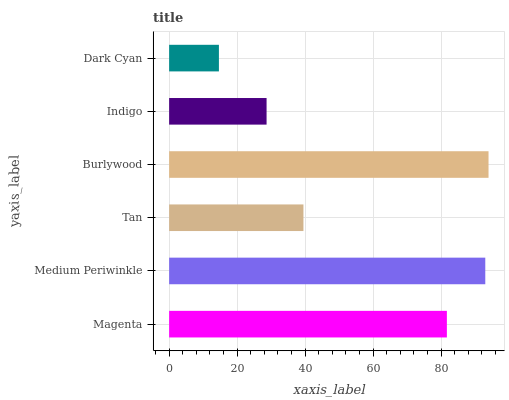
| yaxis_label | bars |
 | --- | --- |
 | Magenta | 81.7 |
 | Medium Periwinkle | 93 |
 | Tan | 39.5 |
 | Burlywood | 93.9 |
 | Indigo | 28.7 |
 | Dark Cyan | 14.6 |